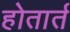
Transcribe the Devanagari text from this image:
होतार्त